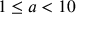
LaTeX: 1 \leq a < 1 0